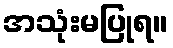
အသုံးမပြုရ။